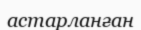
астарланған